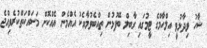
ޝާހު ވިދާޅުވީ އިލްހާމްގެ ޓީމުގައި ގާބިލް ބޭފުޅުން ތިއްބެވުމާއެކު އެއްމެން އެއްކޮށް މަސައްކަތްކުރެވިއްޖެ